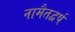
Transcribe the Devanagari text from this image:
नामैतद्वर्ष